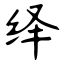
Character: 绎